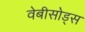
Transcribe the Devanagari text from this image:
वेबीसोड्स